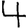
Digit: 4